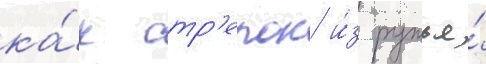
ка́к стр'елок и́з ружья́